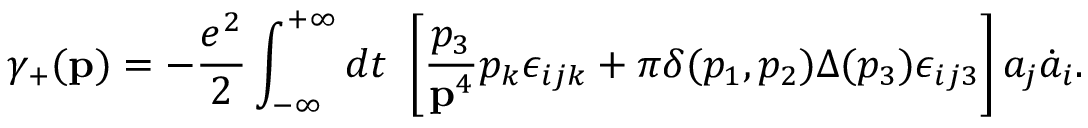
\gamma _ { + } ( { \bf p } ) = - \frac { e ^ { 2 } } { 2 } \int _ { - \infty } ^ { + \infty } d t ~ \left[ \frac { p _ { 3 } } { { \bf p } ^ { 4 } } p _ { k } \epsilon _ { i j k } + \pi \delta ( p _ { 1 } , p _ { 2 } ) \Delta ( p _ { 3 } ) \epsilon _ { i j 3 } \right] a _ { j } \dot { a } _ { i } .